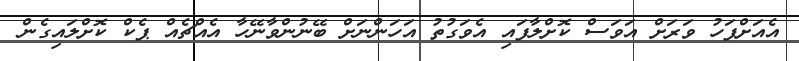
އެއަށްފަހު ވަރަށް އަވަސް ކޮށްލާފައި އެވަގުތު އަހަންނަށް ބޭނުންވާނޭހާ އެއްޗެއް ޕެކް ކޮށްލައިގެން